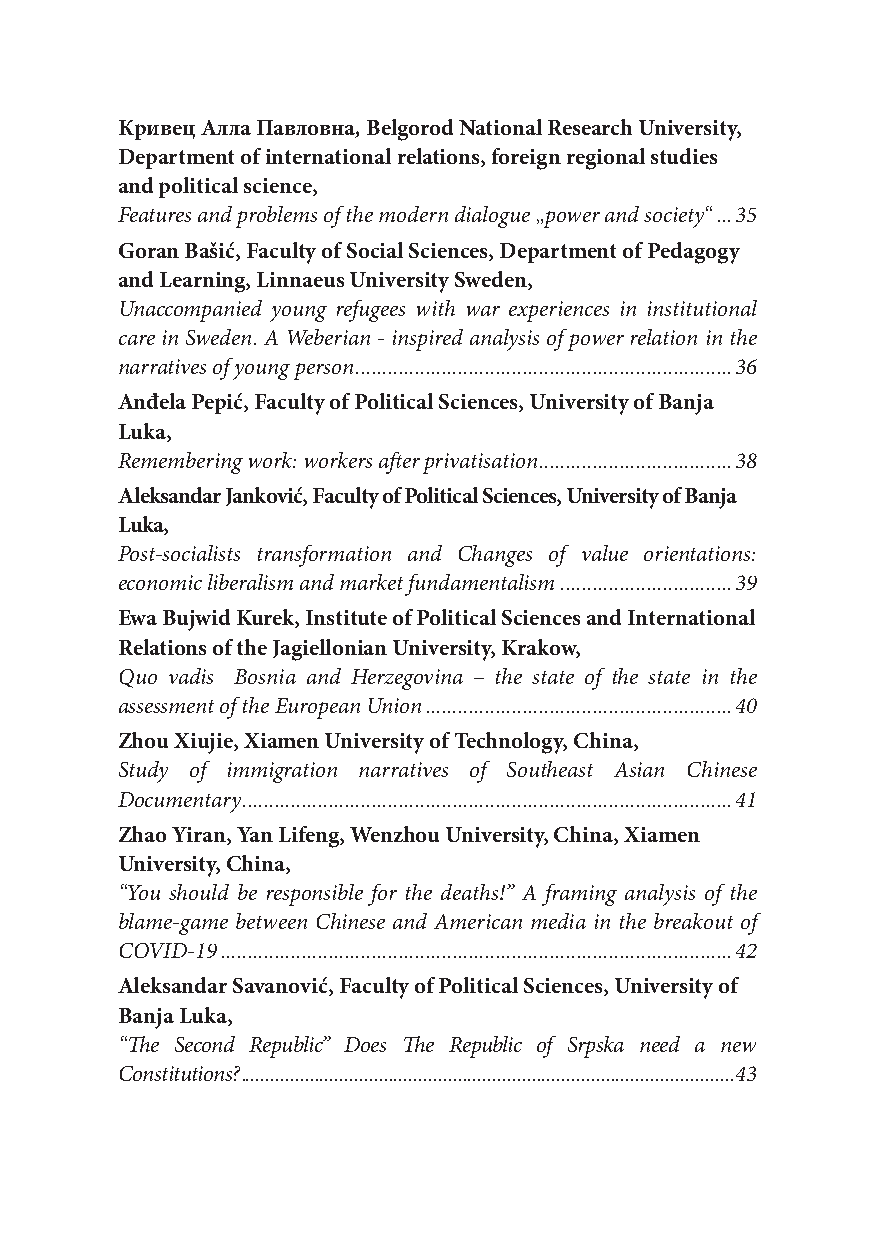
Кривец Алла Павловна, Belgorod National Research University,
 Department of international relations, foreign regional studies
 and political science,
 Features and problems of the modern dialogue „power and society“ ...35
 Goran Bašić, Faculty of Social Sciences, Department of Pedagogy
 and Learning, Linnaeus University Sweden,
 Unaccompanied young refugees with war experiences in institutional
 care in Sweden. A Weberian - inspired analysis of power relation in the
 narratives of young person ......................................................................36
 Anđela Pepić, Faculty of Political Sciences, University of Banja
 Luka,
 Remembering work: workers after privatisation ....................................38
 Aleksandar Janković, Faculty of Political Sciences, University of Banja
 Luka,
 Post-socialists transformation and Changes of value orientations:
 economic liberalism and market fundamentalism ................................39
 Ewa Bujwid Kurek, Institute of Political Sciences and International
 Relations of the Jagiellonian University, Krakow,
 Quo vadis Bosnia and Herzegovina – the state of the state in the
 assessment of the European Union .........................................................40
 Zhou Xiujie, Xiamen University of Technology, China,
 Study of immigration narratives of Southeast Asian Chinese
 Documentary ...........................................................................................41
 Zhao Yiran, Yan Lifeng, Wenzhou University, China, Xiamen
 University, China,
 “You should be responsible for the deaths!” A framing analysis of the
 blame-game between Chinese and American media in the breakout of
 COVID-19 ...............................................................................................42
 Aleksandar Savanović, Faculty of Political Sciences, University of
 Banja Luka,
 “The Second Republic” Does The Republic of Srpska need a new
 Constitutions? ....................................................................................................43